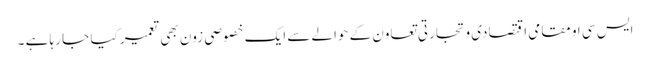
ایس سی او مقامی اقتصادی و تجارتی تعاون کے حوالے سے ایک خصوصی زون بھی تعمیر کیا جا رہا ہے ۔